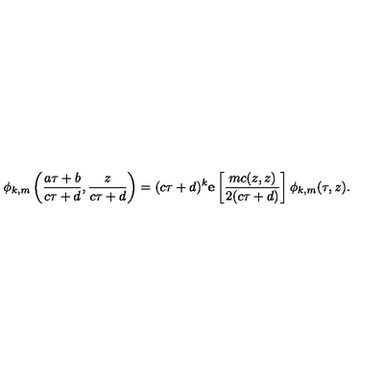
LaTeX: \phi _ { k , m } \left( \frac { a \tau + b } { c \tau + d } , \frac { z } { c \tau + d } \right) = ( c \tau + d ) ^ { k } { \bf e } \left[ \frac { m c ( z , z ) } { 2 ( c \tau + d ) } \right] \phi _ { k , m } ( \tau , z ) .